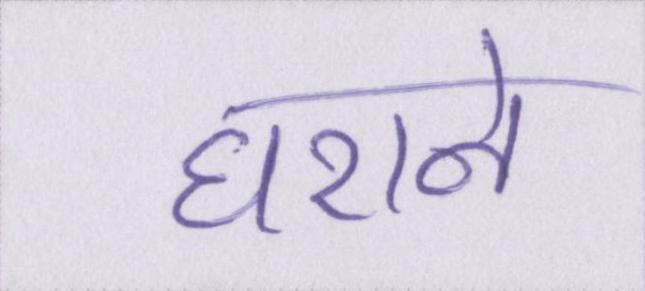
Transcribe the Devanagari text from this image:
घराने